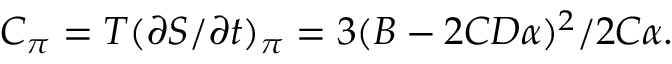
C _ { \pi } = T ( \partial { S } / \partial { t } ) _ { \pi } = 3 ( B - 2 C D \alpha ) ^ { 2 } / 2 C \alpha .